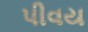
પીવય